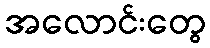
အလောင်းတွေ